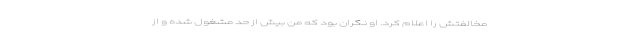
مخالفتش را اعلام کرد. او نگران بود که من بیش از حد مشغول شده و از